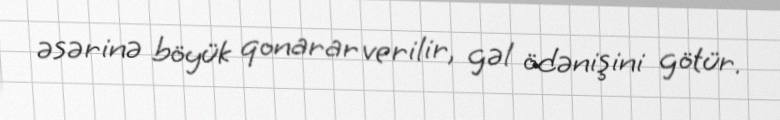
əsərinə böyük qonarar verilir, gəl ödənişini götür.